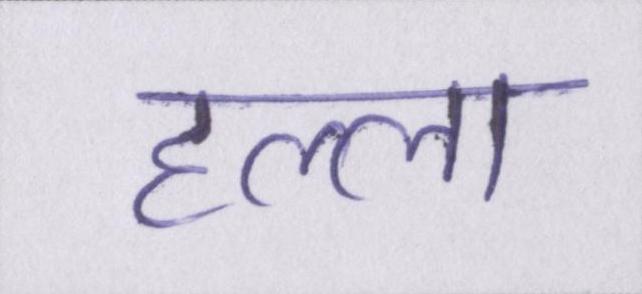
हल्ला